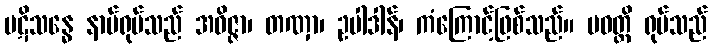
ပဋိသန္ဓေ နာမ်ရုပ်သည် အဝိဇ္ဇာ၊ တဏှာ၊ ဥပါဒါန်၊ ကံကြောင့်ဖြစ်သည်။ ပဝတ္တိ ရုပ်သည်